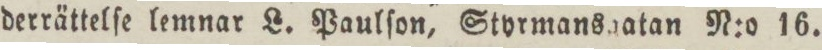
derrättelſe lemnar L. Paulſon, Styrmansgatan N:o 16.